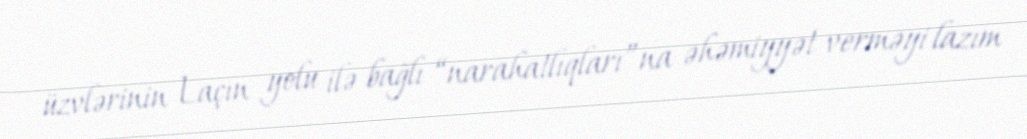
üzvlərinin Laçın yolu ilə bağlı “narahatlıqları”na əhəmiyyət verməyi lazım